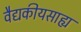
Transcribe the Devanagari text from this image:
वैद्यकीयसाह्य